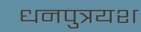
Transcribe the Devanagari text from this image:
धनपुत्रयश